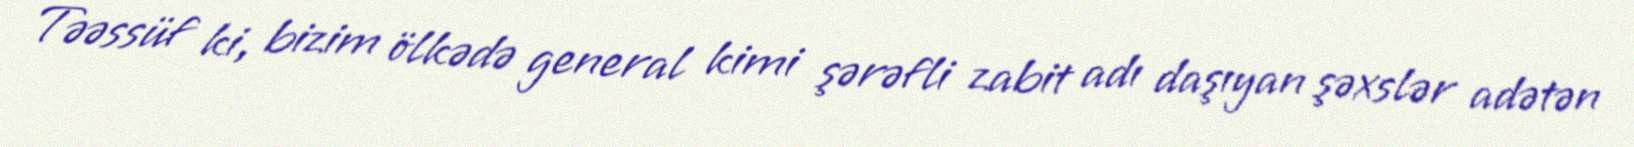
Təəssüf ki, bizim ölkədə general kimi şərəfli zabit adı daşıyan şəxslər adətən